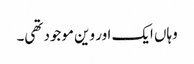
وہاں ایک اور وین موجود تھی۔